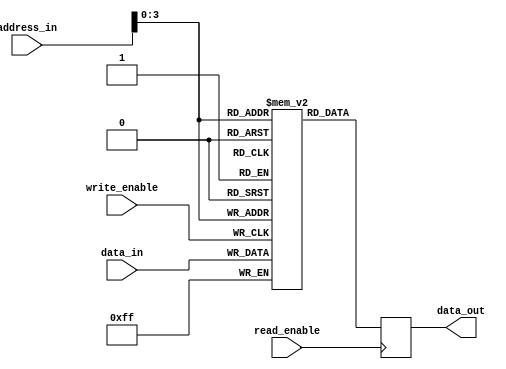
module circular_register_file (
    input wire [7:0] address_in,
    input wire [7:0] data_in,
    input wire write_enable,
    input wire read_enable,
    output reg [7:0] data_out
);

reg [7:0] mem [15:0];

always @ (posedge write_enable)
begin
    mem[address_in] <= data_in;
end

always @ (posedge read_enable)
begin
    data_out <= mem[address_in];
end

endmodule